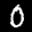
Label: 0